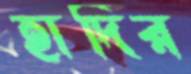
হাদির